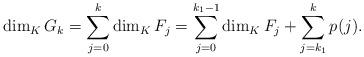
LaTeX: \begin{align*}\dim_K G_k = \sum_{j=0}^k \dim_K F_j = \sum_{j=0}^{k_1-1} \dim_K F_j + \sum_{j=k_1}^{k} p(j).\end{align*}